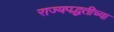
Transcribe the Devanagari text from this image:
राज्यपद्धतीच्या